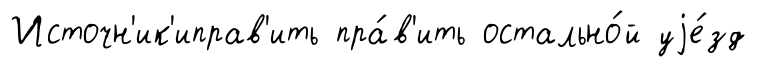
Источн'ик'иправ'ить пра́в'ить остально́й уjе́зд